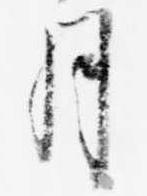
月